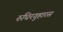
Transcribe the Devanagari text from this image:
रुधिरगुहारस